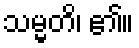
သမ္မတိ၊ ၏။